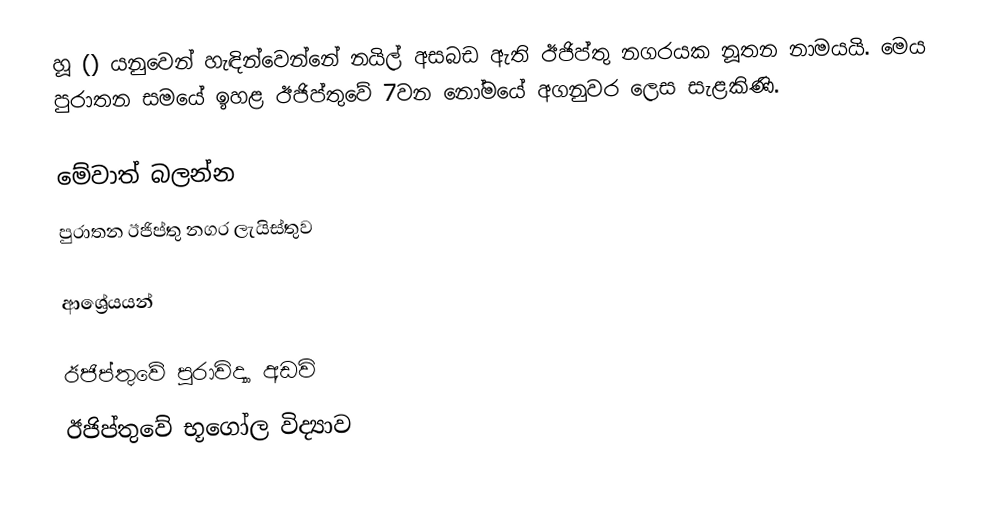
හූ () යනුවෙන් හැඳින්වෙන්නේ නයිල් අසබඩ ඇති ඊජිප්තු නගරයක නූතන නාමයයි. මෙය පුරාතන සමයේ ඉහළ ඊජිප්තුවේ 7වන නෝමයේ අගනුවර ලෙස සැළකිණි.

මේවාත් බලන්න
 පුරාතන ඊජිප්තු නගර ලැයිස්තුව

ආශ්‍රේයයන්

ඊජිප්තුවේ පුරාවිද්‍යා අඩවි
ඊජිප්තුවේ භූගෝල විද්‍යාව